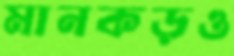
মানকড়ও